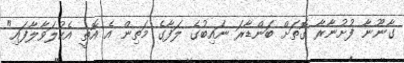
ގާނޫނާ ފުށުނާރާ ގޮތަށް ބަންޑާރަ ނައިބުގެ ލަފާގެ މަތިން އެ އޮތީ އެކުލަވާލާފައި"